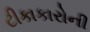
ટીકાકારોની